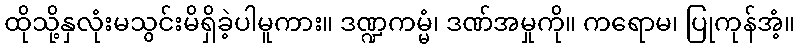
ထိုသို့နှလုံးမသွင်းမိရှိခဲ့ပါမူကား။ ဒဏ္ဍကမ္မံ၊ ဒဏ်အမှုကို။ ကရောမ၊ ပြုကုန်အံ့။